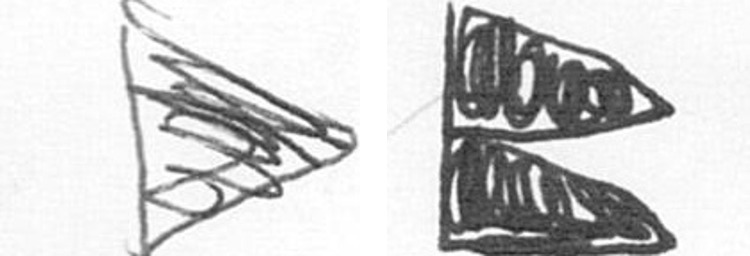
T P